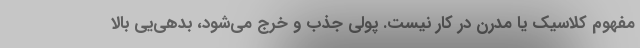
مفهوم کلاسیک یا مدرن در کار نیست. پولی جذب و خرج می‌شود، بدهی‌یی بالا